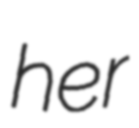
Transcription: her